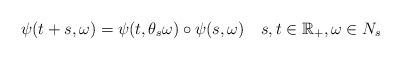
LaTeX: \begin{align*}\psi(t+s,\omega)=\psi(t,\theta_s\omega)\circ \psi(s,\omega) \quad s,t\in\mathbb{R}_+,\omega\in N_s\end{align*}